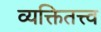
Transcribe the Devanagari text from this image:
व्यक्तितत्त्व